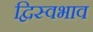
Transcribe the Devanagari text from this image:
द्विस्‍वभाव